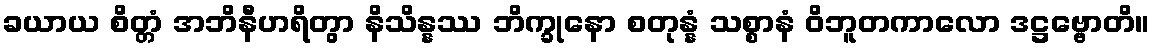
ခယာယ စိတ္တံ အဘိနီဟရိတွာ နိသိန္နဿ ဘိက္ခုနော စတုန္နံ သစ္စာနံ ဝိဘူတကာလော ဒဋ္ဌဗ္ဗောတိ။